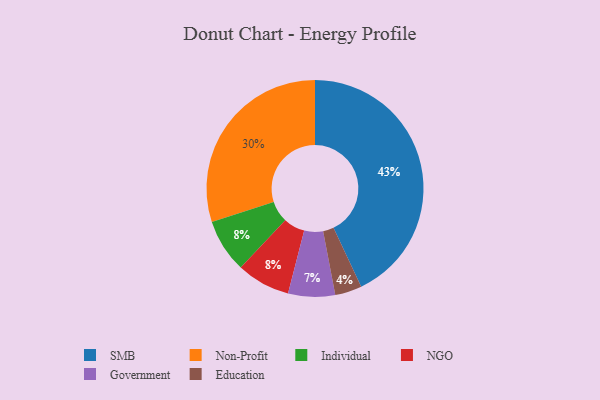
{"axis": {"x": "Category", "y": "Percentage"}, "legend": ["Education", "Government", "Individual", "NGO", "Non-Profit", "SMB"], "data": [{"x": "Individual", "y": 8, "type": "Individual"}, {"x": "NGO", "y": 8, "type": "NGO"}, {"x": "SMB", "y": 43, "type": "SMB"}, {"x": "Education", "y": 4, "type": "Education"}, {"x": "Non-Profit", "y": 30, "type": "Non-Profit"}, {"x": "Government", "y": 7, "type": "Government"}]}